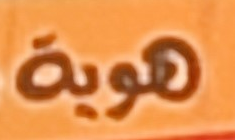
هويه